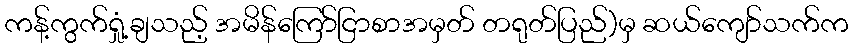
ကန့်ကွက်ရှုံ့ချသည့် အမိန်ကြော်ငြာစာအမှတ် တရုတ်ပြည်)မှ ဆယ်ကျော်သက်က